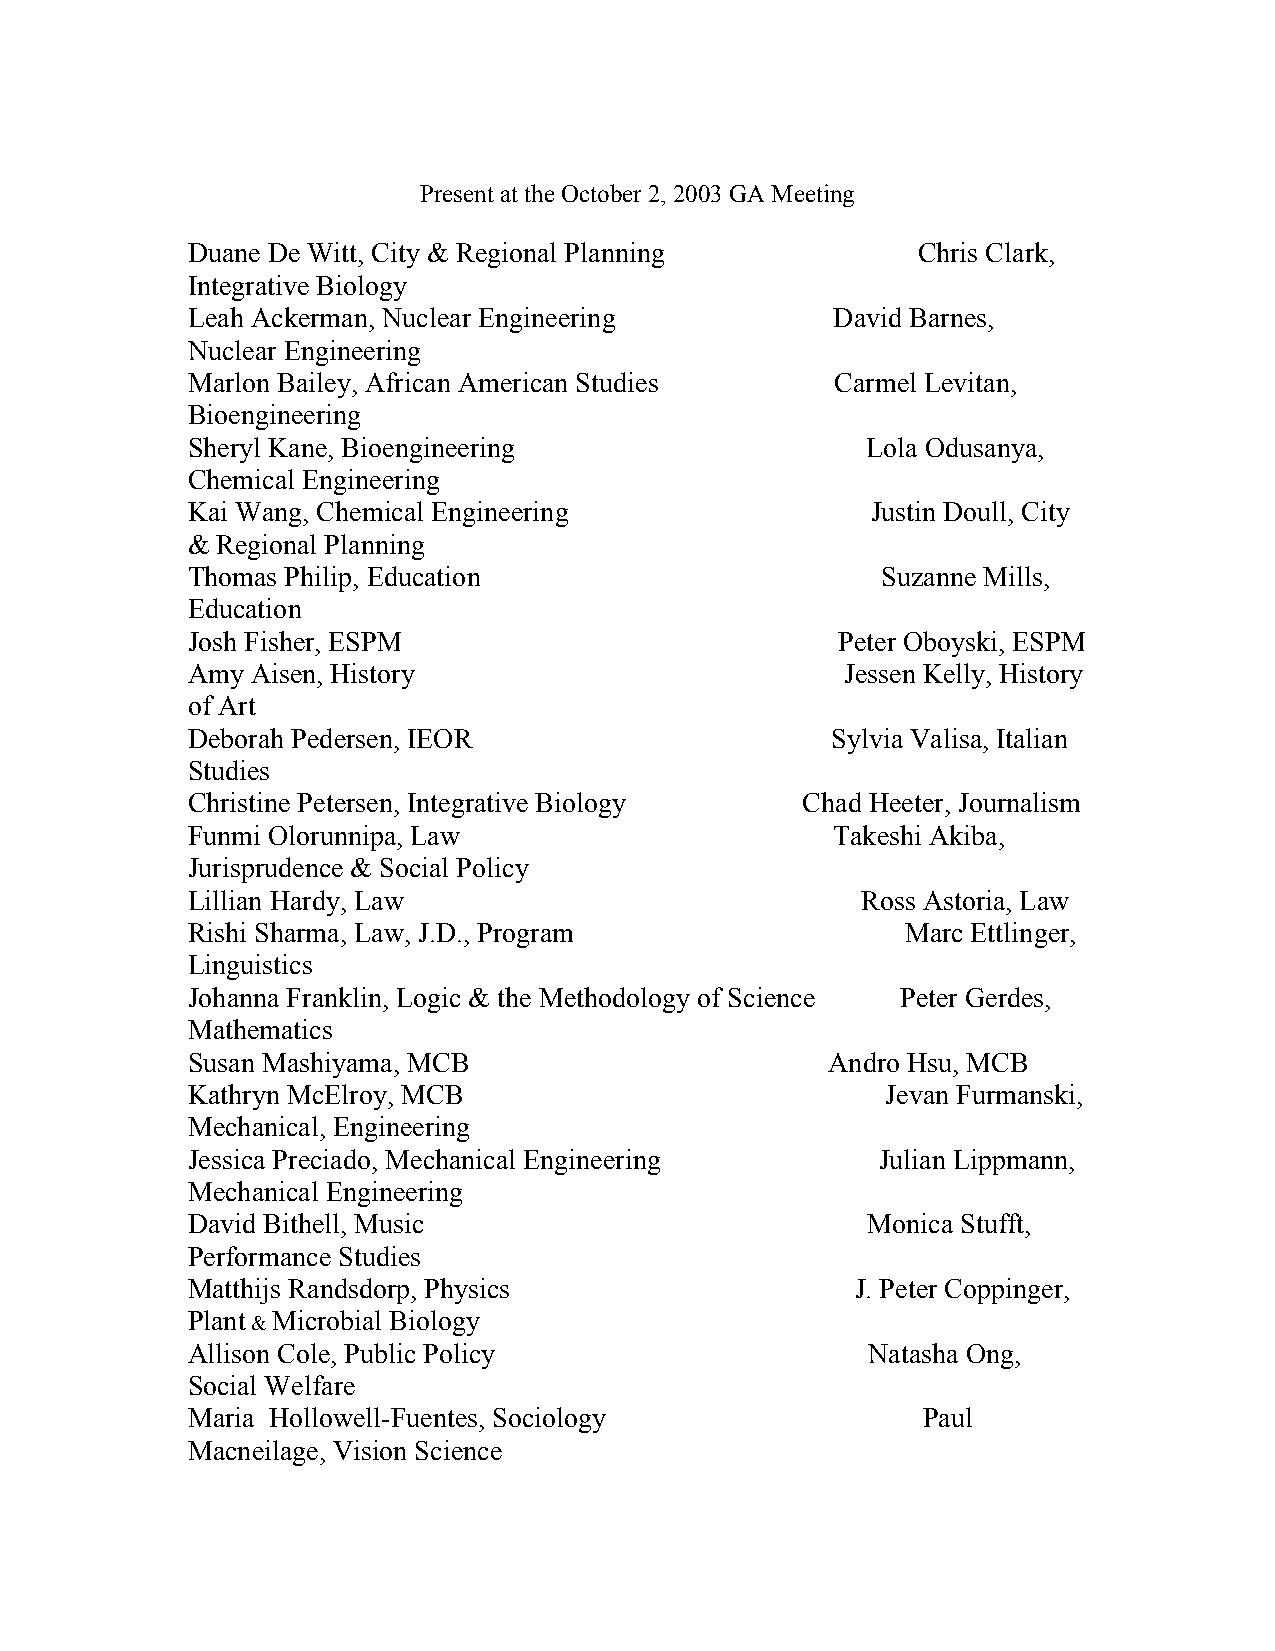
Present at the October 2, 2003 GA Meeting
 Duane De Witt, City & Regional Planning          Chris Clark,
 Integrative Biology
 Leah Ackerman, Nuclear Engineering         David Barnes,
 Nuclear Engineering
 Marlon Bailey, African American Studies    Carmel Levitan,
 Bioengineering
 Sheryl Kane, Bioengineering                  Lola Odusanya,
 Chemical Engineering
 Kai Wang, Chemical Engineering                Justin Doull, City
 & Regional Planning
 Thomas Philip, Education                      Suzanne Mills,
 Education
 Josh Fisher, ESPM                           Peter Oboyski, ESPM
 Amy  Aisen, History                         Jessen Kelly, History
 of Art
 Deborah Pedersen, IEOR                     Sylvia Valisa, Italian
 Studies
 Christine Petersen, Integrative Biology  Chad Heeter, Journalism
 Funmi Olorunnipa, Law                      Takeshi Akiba,
 Jurisprudence & Social Policy
 Lillian Hardy, Law                           Ross Astoria, Law
 Rishi Sharma, Law, J.D., Program                Marc Ettlinger,
 Linguistics
 Johanna Franklin, Logic & the Methodology of Science Peter Gerdes,
 Mathematics
 Susan Mashiyama, MCB                       Andro Hsu, MCB
 Kathryn McElroy, MCB                           Jevan Furmanski,
 Mechanical, Engineering
 Jessica Preciado, Mechanical Engineering      Julian Lippmann,
 Mechanical Engineering
 David Bithell, Music                         Monica Stufft,
 Performance Studies
 Matthijs Randsdorp, Physics                  J. Peter Coppinger,
 Plant & Microbial Biology
 Allison Cole, Public Policy                  Natasha Ong,
 Social Welfare
 Maria Hollowell-Fuentes, Sociology               Paul
 Macneilage, Vision Science